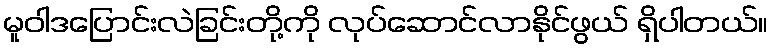
မူဝါဒပြောင်းလဲခြင်းတို့ကို လုပ်ဆောင်လာနိုင်ဖွယ် ရှိပါတယ်။